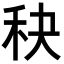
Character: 𥝭